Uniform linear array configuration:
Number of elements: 16
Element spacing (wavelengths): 0.25
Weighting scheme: uniform
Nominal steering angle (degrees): -30
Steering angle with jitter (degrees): -31.106
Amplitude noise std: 0.05
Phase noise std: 0.05

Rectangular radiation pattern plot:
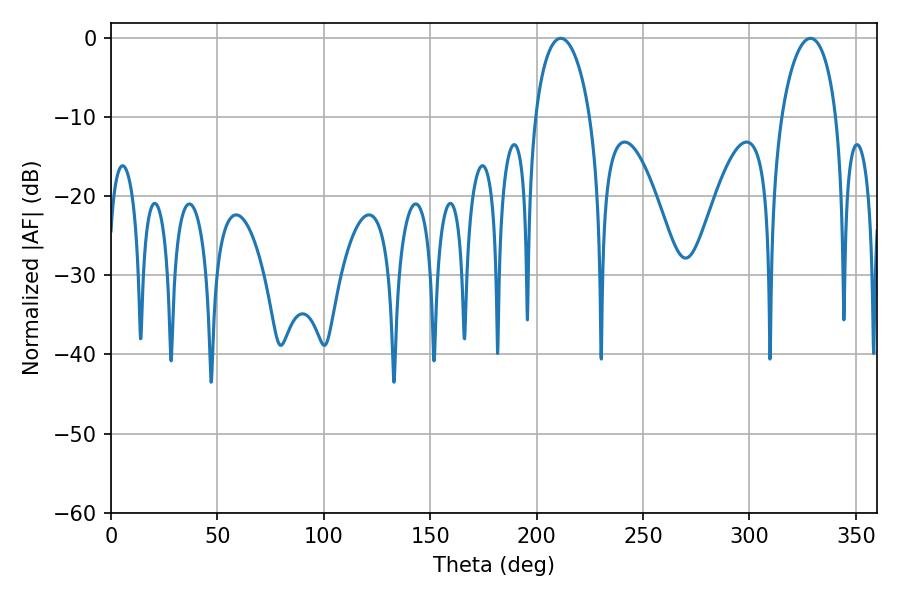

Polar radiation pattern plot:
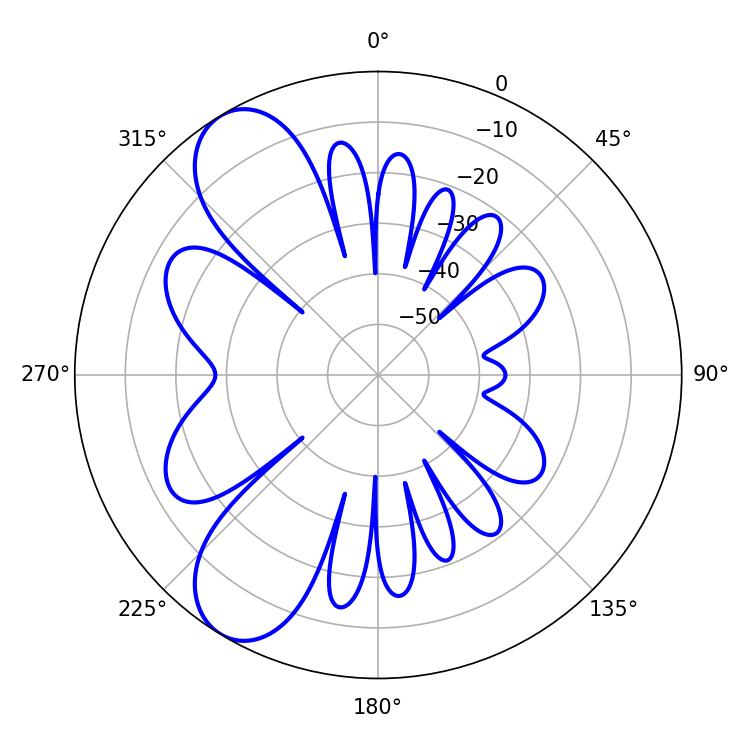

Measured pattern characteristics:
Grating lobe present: FALSE
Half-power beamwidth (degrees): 14.76
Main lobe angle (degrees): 211.32